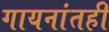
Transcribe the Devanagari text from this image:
गायनांतही